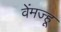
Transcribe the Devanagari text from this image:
वेंमज्हू